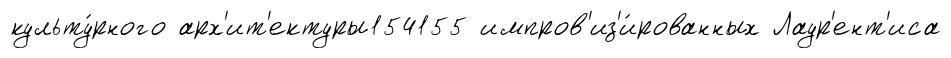
культу́рного арх'ит'ектуры154155 импров'из'и́рованных Лаур'ент'иса